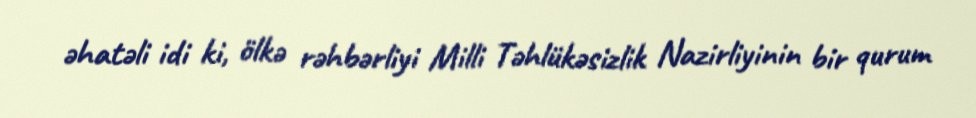
əhatəli idi ki, ölkə rəhbərliyi Milli Təhlükəsizlik Nazirliyinin bir qurum